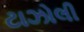
ટાઝોલી